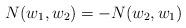
LaTeX: \begin{align*}N(w_1,w_2)=-N(w_2,w_1)\end{align*}